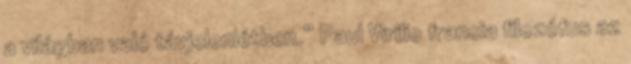
a világban való távjelenlétben.” Paul Virilio francia filozófus az